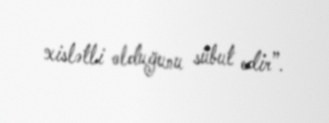
xislətli olduğunu sübut edir”.